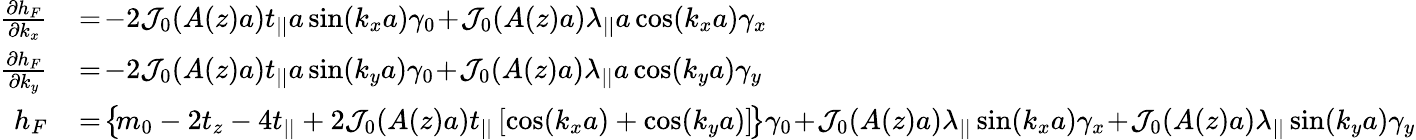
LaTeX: \begin{array}{rl}{\frac{\partial h_{F}}{\partial k_{x}}}&{{}\! =\! -2{\cal J}_{0}(A(z)a)t_{||}a\sin(k_{x}a)\gamma_{0}\! +\! {\cal J}_{0}(A(z)a)\lambda_{||}a\cos(k_{x}a)\gamma_{x}}\\ {\frac{\partial h_{F}}{\partial k_{y}}}&{{}\! =\! -2{\cal J}_{0}(A(z)a)t_{||}a\sin(k_{y}a)\gamma_{0}\! +\! {\cal J}_{0}(A(z)a)\lambda_{||}a\cos(k_{y}a)\gamma_{y}}\\ {h_{F}}&{{}\! =\! \left\{ \! m_{0}-2t_{z}-4t_{||}+2{\cal J}_{0}(A(z)a)t_{||}\left[\cos(k_{x}a)+\cos(k_{y}a)\right]\! \right\} \gamma_{0}\! +\! {\cal J}_{0}(A(z)a)\lambda_{||}\sin(k_{x}a)\gamma_{x}\! +\! {\cal J}_{0}(A(z)a)\lambda_{||}\sin(k_{y}a)\gamma_{y}}\end{array}